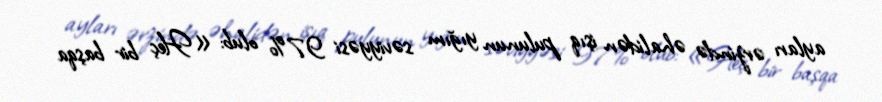
ayları ərzində əhalidən işıq pulunun yığım səviyyəsi 97% olub: «Heç bir başqa